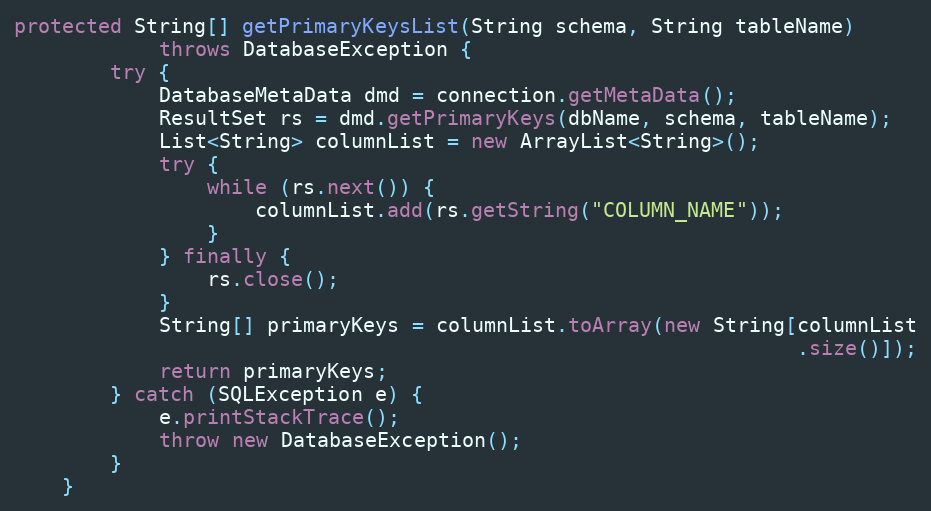
Language: Java
protected String[] getPrimaryKeysList(String schema, String tableName)
			throws DatabaseException {
		try {
			DatabaseMetaData dmd = connection.getMetaData();
			ResultSet rs = dmd.getPrimaryKeys(dbName, schema, tableName);
			List<String> columnList = new ArrayList<String>();
			try {
				while (rs.next()) {
					columnList.add(rs.getString("COLUMN_NAME"));
				}
			} finally {
				rs.close();
			}
			String[] primaryKeys = columnList.toArray(new String[columnList
			                                                     .size()]);
			return primaryKeys;
		} catch (SQLException e) {
			e.printStackTrace();
			throw new DatabaseException();
		}
	}